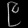
Digit: ၉